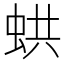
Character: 𧋄